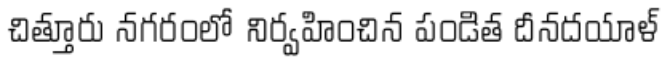
చిత్తూరు నగరంలో నిర్వహించిన పండిత దీనదయాళ్